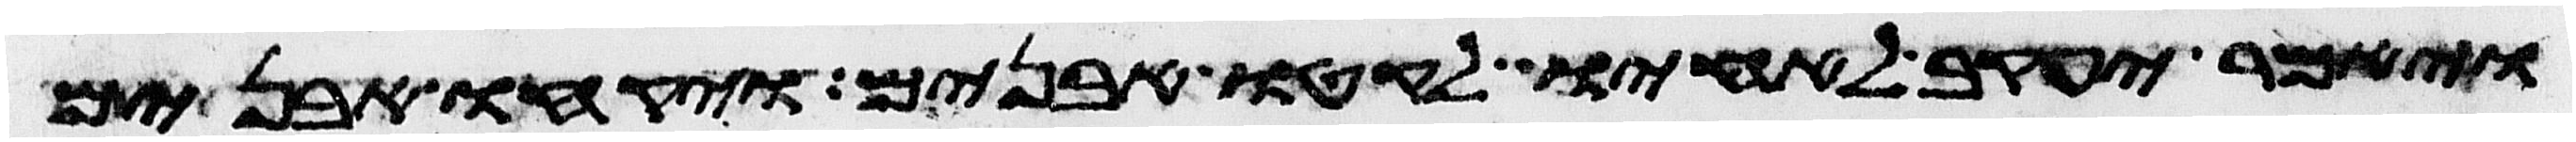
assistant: ויאמר יעקב לאחיו לקטו אבנים ויקחו אבנים